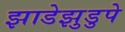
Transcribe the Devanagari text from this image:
झाडेझुडुपे